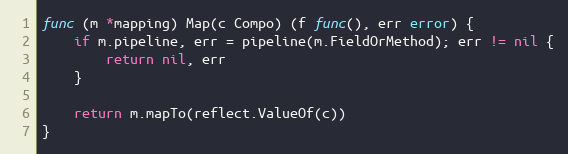
Language: Go
func (m *mapping) Map(c Compo) (f func(), err error) {
	if m.pipeline, err = pipeline(m.FieldOrMethod); err != nil {
		return nil, err
	}

	return m.mapTo(reflect.ValueOf(c))
}